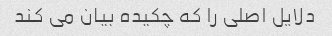
دلایل اصلی را که چکیده بیان می کند